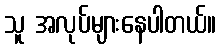
သူ အလုပ်များနေပါတယ်။